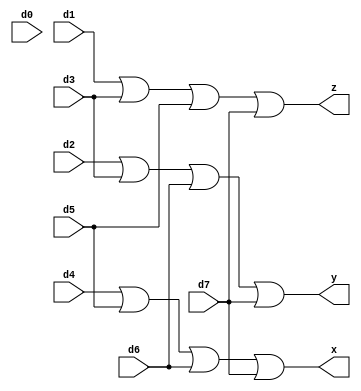
`timescale 1ns / 1ps
//////////////////////////////////////////////////////////////////////////////////
// Company: 
// Engineer: 
// 
// Design Name: 
// Module Name: encoder8_3
// Project Name: 
// Target Devices: 
// Tool Versions: 
// Description: 
// 
// Dependencies: 
// 
// Revision:
// Revision 0.01 - File Created
// Additional Comments:
// 
//////////////////////////////////////////////////////////////////////////////////


module encoder8_3(
input d0,
input d1,
input d2,
input d3,
input d4,
input d5,
input d6,
input d7,
output x,
output y,
output z
    );
assign x= d4|d5|d6|d7 ;
assign y= d2|d3|d6|d7 ;
assign z= d1|d3|d5|d7 ;
endmodule